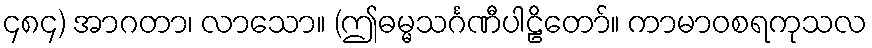
၄၈၄) အာဂတာ၊ လာသော။ (ဤဓမ္မသင်္ဂဏီပါဠိတော်။ ကာမာဝစရကုသလ